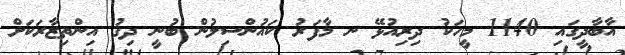
އާބާދީގައި 1140 މީހަކު ދިރިއުޅޭ ނ މާފަރު ކައުންސިލުން ބުނީ ދިގު އިންތިޒާރަކަށް